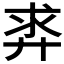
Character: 𪪵